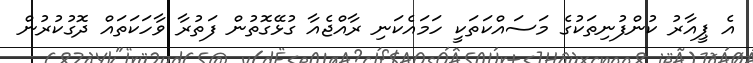
އެ ޕީއާރު ކުންފުނިތަކުގެ މަސައްކަތަކީ ހަމައެކަނި ރާއްޖެއާ ގުޅޭގޮތުން ފަތުރާ ވާހަކަތައް ދޮގުކުރުން